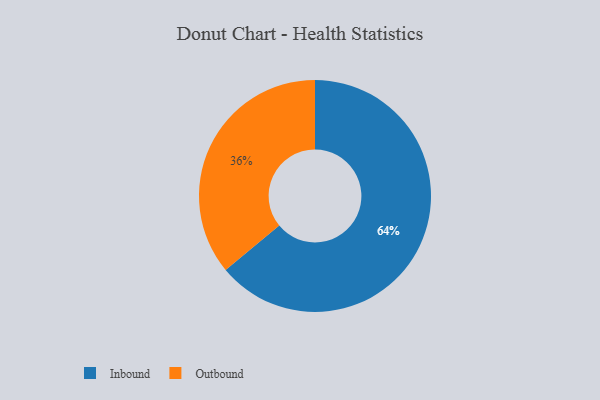
{"axis": {"x": "Category", "y": "Percentage"}, "legend": ["Inbound", "Outbound"], "data": [{"x": "Inbound", "y": 64, "type": "Inbound"}, {"x": "Outbound", "y": 36, "type": "Outbound"}]}